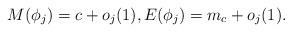
LaTeX: \begin{align*}M(\phi_j)=c+o_j(1),E(\phi_j)=m_c+o_j(1).\end{align*}